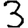
Digit: 3